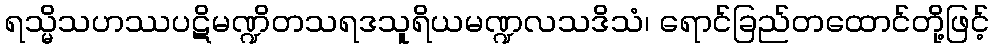
ရသ္မိသဟဿပဋိမဏ္ဍိတသရဒသူရိယမဏ္ဍလသဒိသံ၊ ရောင်ခြည်တထောင်တို့ဖြင့်